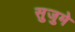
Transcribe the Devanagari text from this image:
सुजुमे